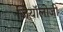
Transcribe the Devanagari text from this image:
जियॉलोजी